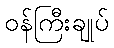
ဝန်ကြီးချုပ်